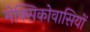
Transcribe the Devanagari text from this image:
मेक्सिकोवासियों